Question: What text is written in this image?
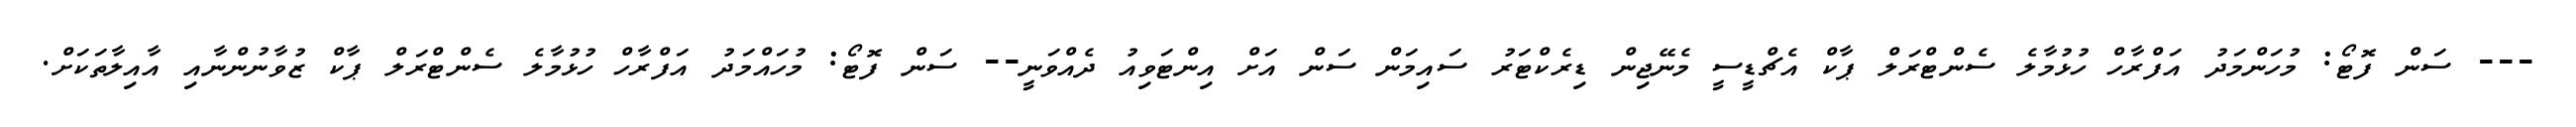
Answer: --- ސަން ފޮޓޯ: މުހަންމަދު އަފްރާހް ހުޅުމާލެ ސެންޓްރަލް ޕާކް އެޗްޑީސީ މެނޭޖިން ޑިރެކްޓަރު ސައިމަން ސަން އަށް އިންޓަވިއު ދެއްވަނީ-- ސަން ފޮޓޯ: މުހައްމަދު އަފްރާހް ހުޅުމާލެ ސެންޓްރަލް ޕާކް ޒުވާނުންނާއި އާއިލާތަކަށް.